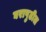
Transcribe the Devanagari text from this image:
घरापुढील